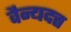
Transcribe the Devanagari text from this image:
वैन्यदत्त